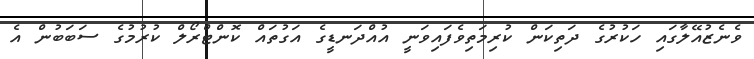
ވެނެޒުއޭލާގައި ހަކުރުގެ ދަތިކަން ކުރިމަތިވެފައިވަނީ އުއްދަނޑީގެ އަގުތައް ކޮންޓްރޯލް ކުރުމުގެ ސަބަބުން އެ